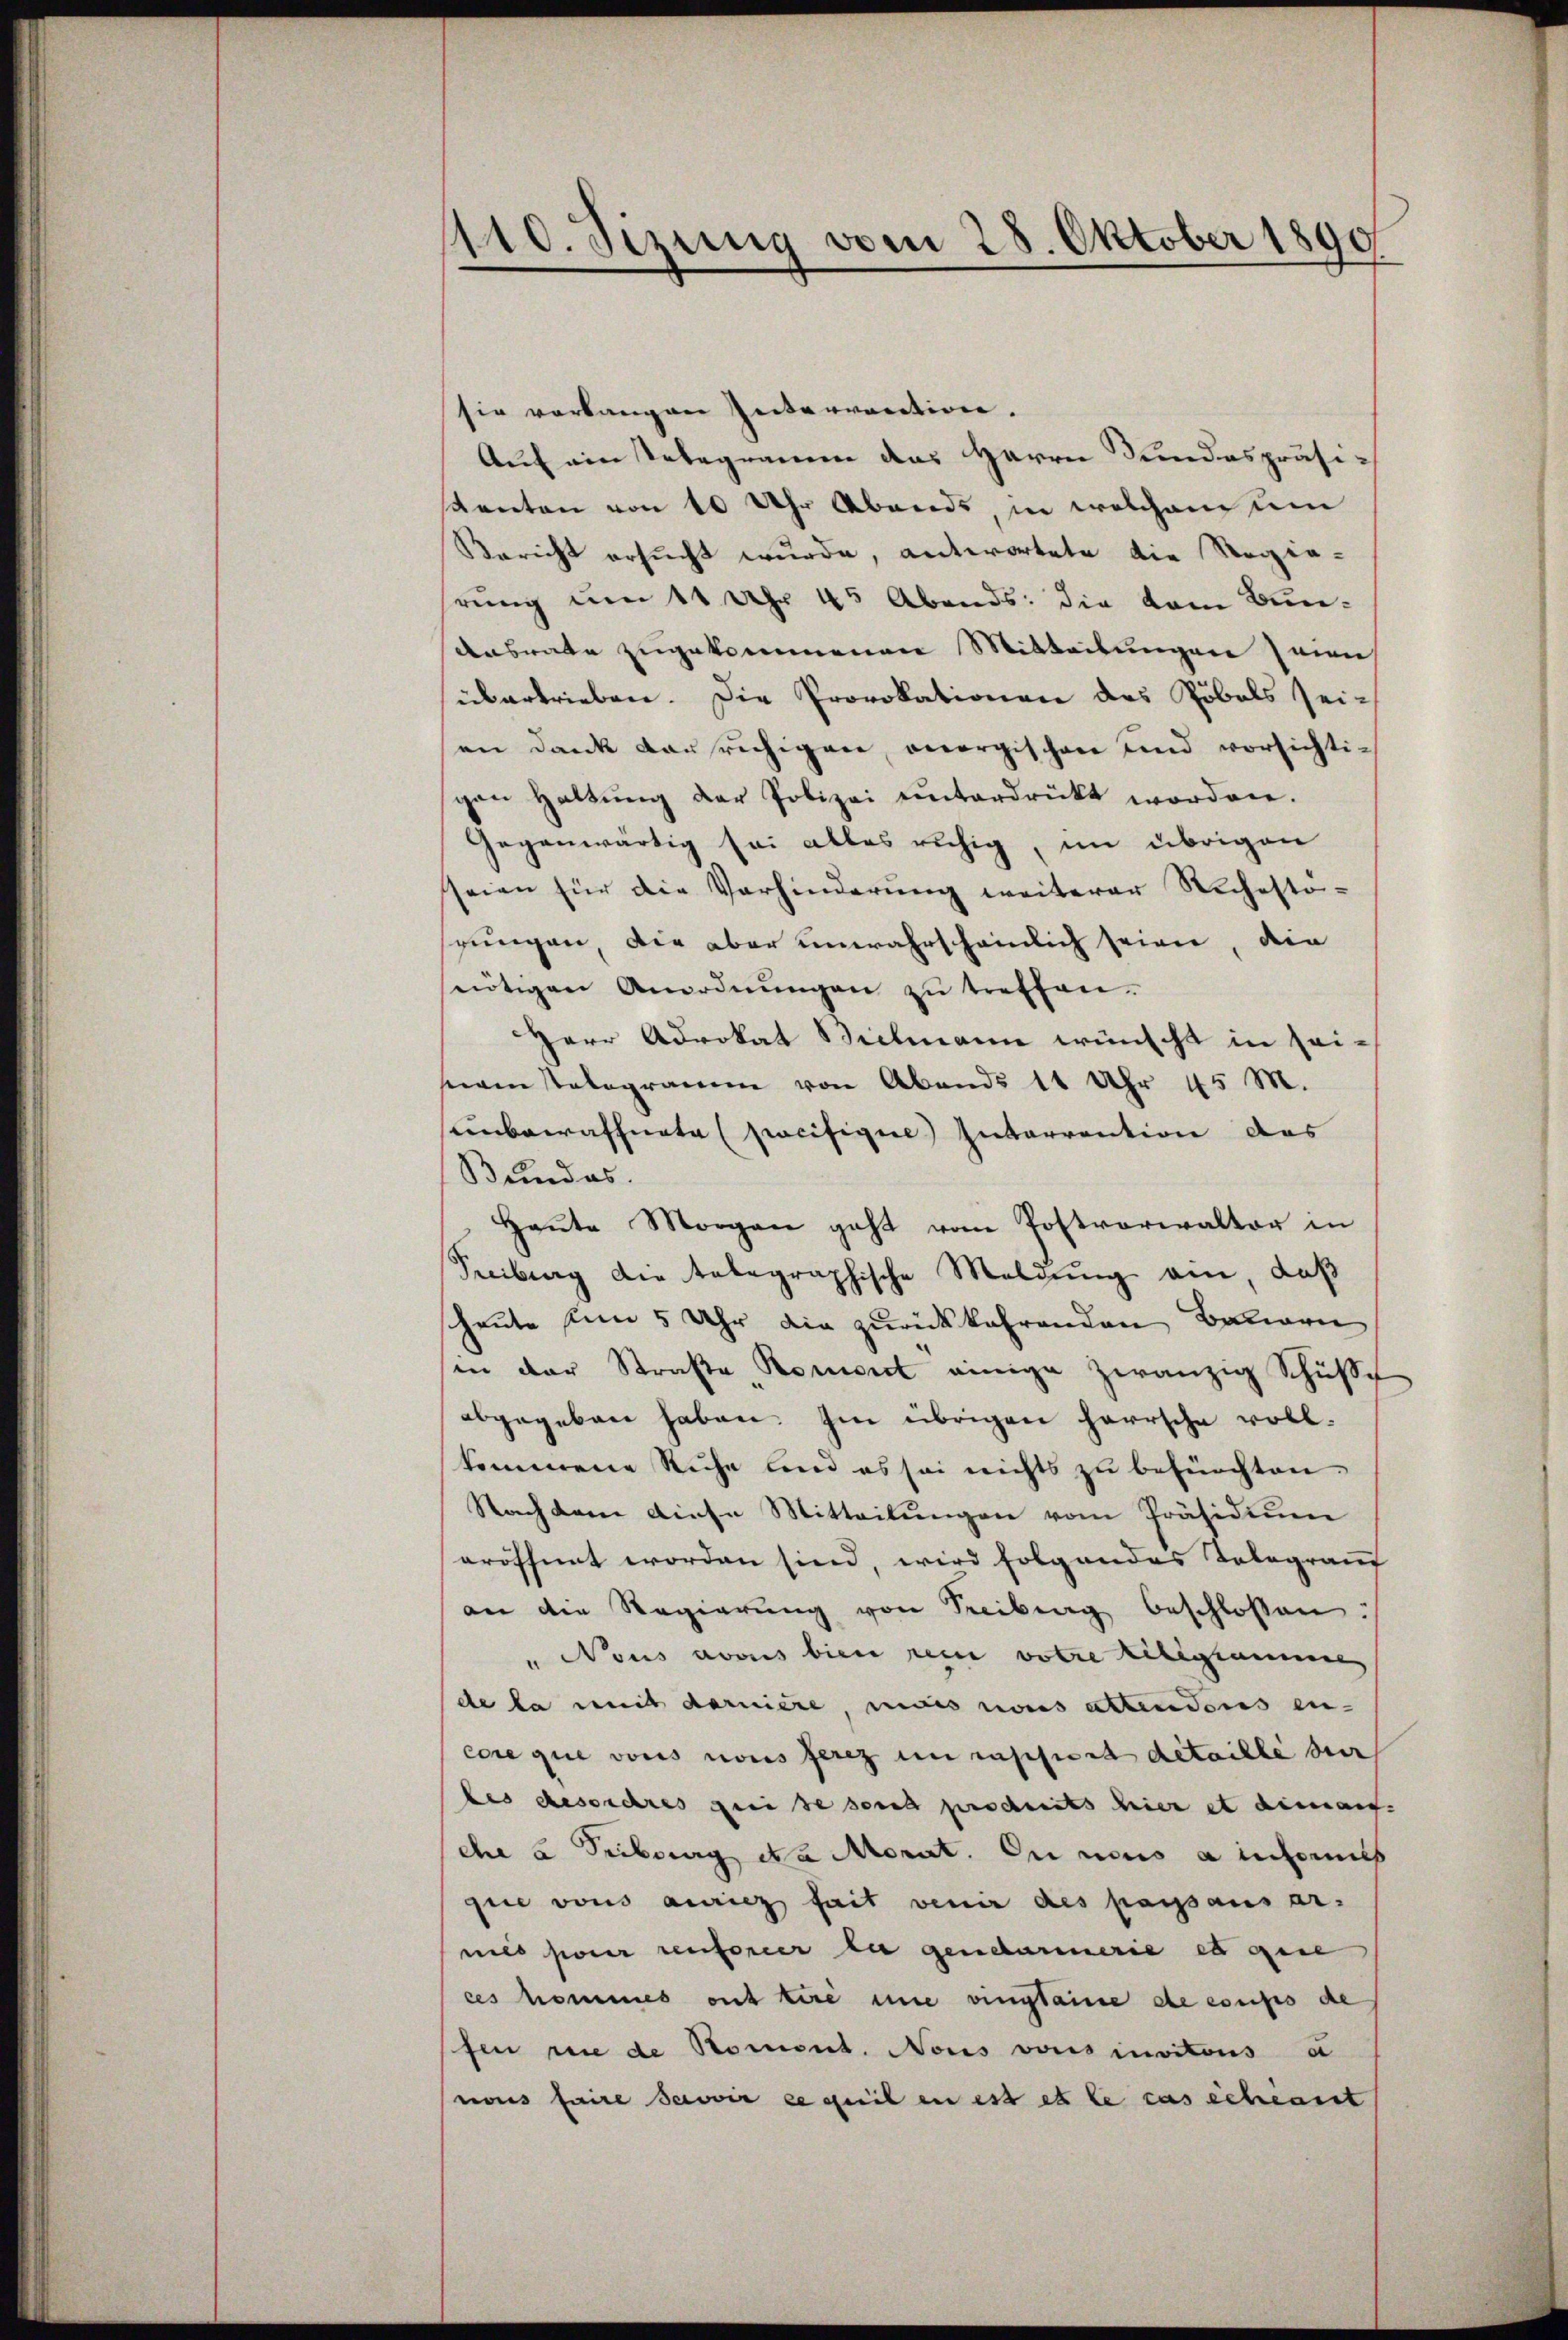
110. Sizung vom 28. Oktober 1890

sie verlangen Interrection.
Auf ein Telegramm das Herrn Sundespräsi¬
Kanton von 10 Uhr Abends, in welchen um
Bericht ersucht wurde, antwortete die Regie-
rung um 11 Uhr 45 Abends: die vom Bunansrate zugekommenen Mitteilungen seien
übertrieben. Die Provokationen des Pöbels seian dank der ruhigen, onergischen und vorsichtigen haltŭng der Polizei unterdrückt worden.
Gegenwärtig sei alles ruhig, im übrigen
seien für die Verhinderŭng weiterer Sichesto-
gungen, die aber unwahrscheinlich seien, die
nnötigen Anordnŭngen zŭ treffen.
Herr Advokat Bielmann wünscht in sei-
segenstalogramm von Abends 11 Uhr 45 M.
unbewaffnete (pacifigere Interrention das
Bundes.
Haŭte Morgen geht vom Postverwalter in
Seciburg die telegraphische Meldung ein, daß
heute um 5 Uhr die zurückkehrenden Bauern
in der Straβe Roment einige zwanzig Schüße
abgegeben haben. Im übrigen herrsche vollkommene Ruhe und es sei nichts zu befürchten-
Nachdem diese Mitteilŭngen vom Präsidiŭm
eröffnet worden sind, wird folgendes Telegrauf
an die Regierŭng von Freibung beschlossen:
" Nous avous bien rein votre libersamme
de la mit darniere, mais nous attendons en-
core que vons nous ferez in rappiert detaille der
bes gesordres gei se send produits hier et die auf.
ehe u Tribourg da Morat. Du nous ainsames
que vons anries fait venir des passausar-
mies pour renforcer la gendarmerie es gese
ces hommes ont tire nie vingtaine de coupes de
fen rue de Roment. Nons vons invitous a
naus faire savoir ee geeil in ist et le cas schiant